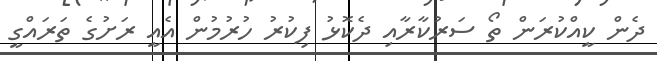
ދެން ކީއްްކުރަން ތޯ ސަރުކާރާއި ދެކޮޅު ފިކުރު ހުރުމުން އެއީ ރަށުގެ ތަރައްގީ